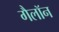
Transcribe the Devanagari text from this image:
गैलॉन